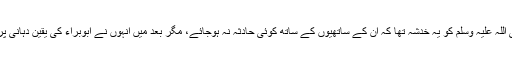
اللہ کے نبی صلی اللہ علیہ وسلم کو یہ خدشہ تھا کہ ان کے ساتھیوں کے ساتھ کوئی حادثہ نہ ہوجائے، مگر بعد میں انہوں نے ابوبراء کی یقین دہانی پر یہ وفد بھیج دیا۔